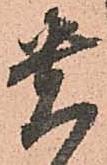
貴